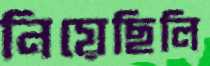
নিয়েছিলি